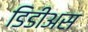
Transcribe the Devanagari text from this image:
डिडीअस